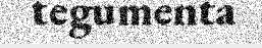
tegumenta